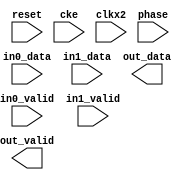
// This program was cloned from: https://github.com/ryuz/jelly
// License: MIT License

// ---------------------------------------------------------------------------
//  Jelly  -- The platform for real-time computing
//
//                                 Copyright (C) 2008-2020 by Ryuz
//                                 https://github.com/ryuz/jelly.git
// ---------------------------------------------------------------------------



`timescale 1ns / 1ps
`default_nettype none


// 
module jelly_clkx2_mux
        #(
            parameter   DATA_WIDTH = 32
        )
        (
            input   wire                        reset,
            input   wire                        cke,
            input   wire                        clkx2,
            input   wire                        phase,
            
            input   wire    [DATA_WIDTH-1:0]    in0_data,
            input   wire                        in0_valid,
            
            input   wire    [DATA_WIDTH-1:0]    in1_data,
            input   wire                        in1_valid,
            
            output  wire    [DATA_WIDTH-1:0]    out_data,
            output  wire                        out_valid
        );
    
    reg     [DATA_WIDTH-1:0]    reg_data;
    reg                         reg_valid;
    
    always @(posedge clkx2) begin
        if ( reset ) begin
            reg_data  <= {DATA_WIDTH{1'bx}};
            reg_valid <= 1'bx;
        end
        else if ( cke ) begin
            reg_data  <= phase ? in0_data  : in1_data;
            reg_valid <= phase ? in0_valid : in1_valid;
        end
    end
    
    
endmodule


`default_nettype wire


// end of file